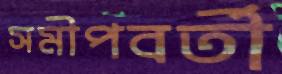
সমীপবর্তী